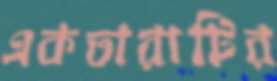
একতারাটির